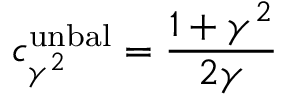
c _ { \gamma ^ { 2 } } ^ { \mathrm { u n b a l } } = \frac { 1 + \gamma ^ { 2 } } { 2 \gamma }